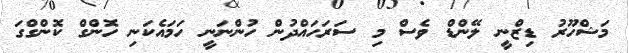
މަޝްހޫރު ޑިޒްނީ ލޭންޑް ވެސް މި ސަރަހައްދުން ހުންނަނީ ހަމައެކަނި ހޮންގް ކޮންގްގަ